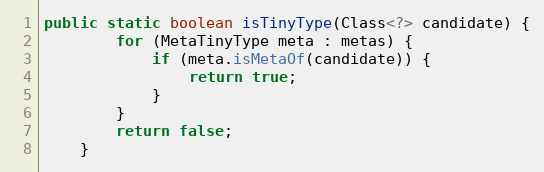
Language: Java
public static boolean isTinyType(Class<?> candidate) {
        for (MetaTinyType meta : metas) {
            if (meta.isMetaOf(candidate)) {
                return true;
            }
        }
        return false;
    }